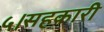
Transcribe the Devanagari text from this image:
५।सहकारी